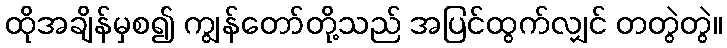
ထိုအချိန်မှစ၍ ကျွန်တော်တို့သည် အပြင်ထွက်လျှင် တတွဲတွဲ။